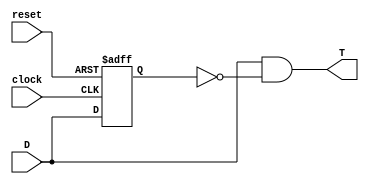
module drise (clock, reset, D, T);
input clock, reset, D;
output T;
reg Q;

always @ (posedge clock or posedge reset) begin
  if (reset) begin
    Q <= 1;
  end else begin
    Q <= D;
  end
end

assign T = (D & ~Q);

endmodule // drise